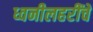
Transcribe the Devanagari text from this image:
ध्वनीलहरींचे